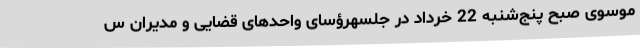
موسوی صبح پنج‌شنبه 22 خرداد در جلسهرؤسای واحدهای قضایی و مدیران س